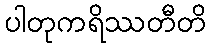
ပါတုကရိဿတီတိ